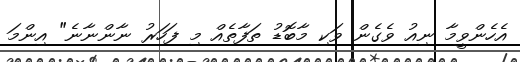
އެހެންވީމާ ނިއު ވެގެން ވަކި މާބޮޑު ތަފާތެއް މި ފަހަރު ނާންނާނެ" އިންމަ